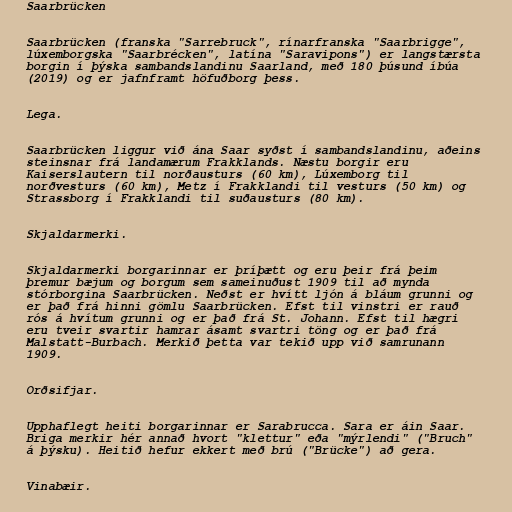
Saarbrücken

Saarbrücken (franska "Sarrebruck", rínarfranska "Saarbrigge",
lúxemborgska "Saarbrécken", latína "Saravipons") er langstærsta
borgin í þýska sambandslandinu Saarland, með 180 þúsund íbúa
(2019) og er jafnframt höfuðborg þess.

Lega.

Saarbrücken liggur við ána Saar syðst í sambandslandinu, aðeins
steinsnar frá landamærum Frakklands. Næstu borgir eru
Kaiserslautern til norðausturs (60 km), Lúxemborg til
norðvesturs (60 km), Metz í Frakklandi til vesturs (50 km) og
Strassborg í Frakklandi til suðausturs (80 km).

Skjaldarmerki.

Skjaldarmerki borgarinnar er þríþætt og eru þeir frá þeim
þremur bæjum og borgum sem sameinuðust 1909 til að mynda
stórborgina Saarbrücken. Neðst er hvítt ljón á bláum grunni og
er það frá hinni gömlu Saarbrücken. Efst til vinstri er rauð
rós á hvítum grunni og er það frá St. Johann. Efst til hægri
eru tveir svartir hamrar ásamt svartri töng og er það frá
Malstatt-Burbach. Merkið þetta var tekið upp við samrunann
1909.

Orðsifjar.

Upphaflegt heiti borgarinnar er Sarabrucca. Sara er áin Saar.
Briga merkir hér annað hvort "klettur" eða "mýrlendi" ("Bruch"
á þýsku). Heitið hefur ekkert með brú ("Brücke") að gera.

Vinabæir.